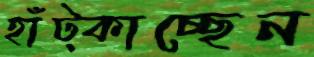
হাঁট্‌কাচ্ছেন